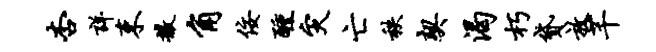
杏详束撒角佞醺灾亡秩契渴朽贷放芊